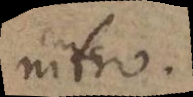
nitro.